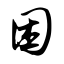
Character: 困